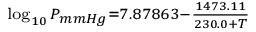
\scriptstyle \log _ { 1 0 } { P _ { m m H g } } = 7 . 8 7 8 6 3 - { \frac { 1 4 7 3 . 1 1 } { 2 3 0 . 0 + T } }